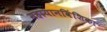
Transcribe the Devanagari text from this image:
महायानविंशिका